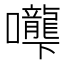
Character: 𰉌